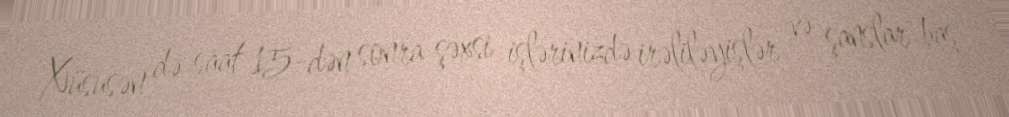
Xüsusən də saat 15-dən sonra şəxsi işlərinizdə irəliləyişlər və şanslar baş